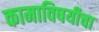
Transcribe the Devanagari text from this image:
कामाविषयीचा